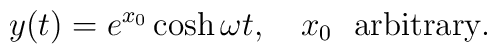
y(t)=e^{x_0}\cosh\omega t, \quad x_0\ \ \hbox{arbitrary}.